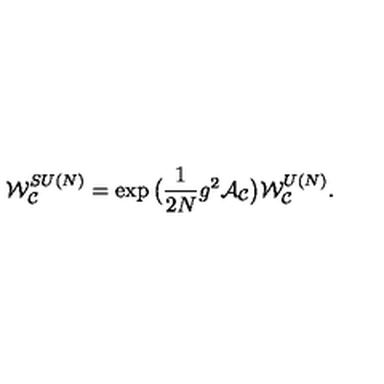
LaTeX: { \cal W } _ { { \cal C } } ^ { S U ( N ) } = \exp \big ( \frac { 1 } { 2 N } g ^ { 2 } { \cal A } _ { { \cal C } } \big ) { \cal W } _ { { \cal C } } ^ { U ( N ) } .